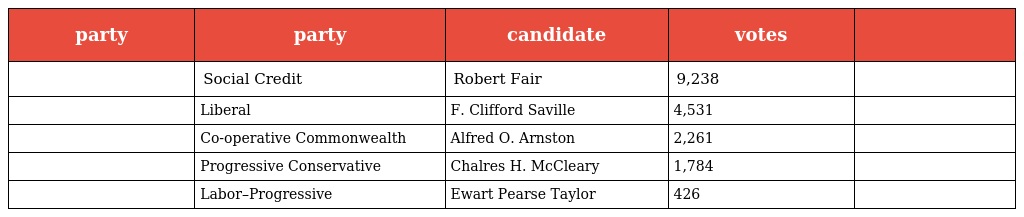
| party | party | candidate | votes |  |
 | --- | --- | --- | --- | --- |
 |  | Social Credit | Robert Fair | 9,238 |  |
 |  | Liberal | F. Clifford Saville | 4,531 |  |
 |  | Co-operative Commonwealth | Alfred O. Arnston | 2,261 |  |
 |  | Progressive Conservative | Chalres H. McCleary | 1,784 |  |
 |  | Labor–Progressive | Ewart Pearse Taylor | 426 |  |